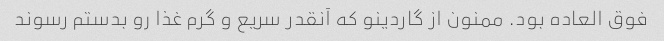
فوق العاده بود. ممنون از گاردینو که آنقدر سریع و گرم غذا رو بدستم رسوند